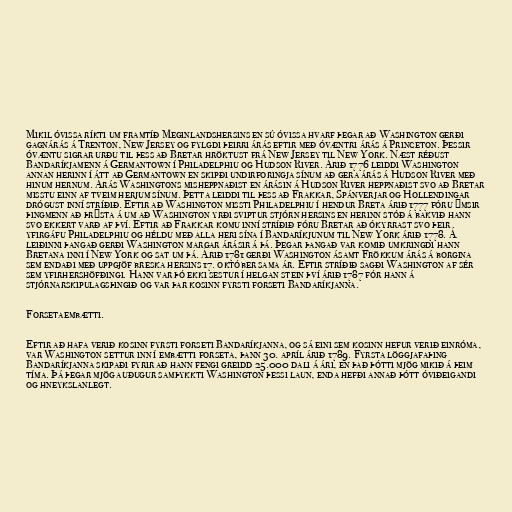
Mikil óvissa ríkti um framtíð Meginlandshersins en sú óvissa hvarf þegar að Washington gerði
gagnárás á Trenton, New Jersey og fylgdi þeirri árás eftir með óvæntri árás á Princeton. Þessir
óvæntu sigrar urðu til þess að Bretar hröktust frá New Jersey til New York. Næst réðust
Bandaríkjamenn á Germantown í Philadelphiu og Hudson River. Árið 1776 leiddi Washington
annan herinn í átt að Germantown en skipði undirforingja sínum að gera árás á Hudson River með
hinum hernum. Árás Washingtons misheppnaðist en árásin á Hudson River heppnaðist svo að Bretar
misstu einn af tveim herjum sínum. Þetta leiddi til þess að Frakkar, Spánverjar og Hollendingar
drógust inní stríðið. Eftir að Washington missti Philadelphiu í hendur Breta árið 1777 fóru ýmsir
þingmenn að þrýsta á um að Washington yrði sviptur stjórn hersins en herinn stóð á bakvið hann
svo ekkert varð af því. Eftir að Frakkar komu inní stríðið fóru Bretar að ókyrrast svo þeir
yfirgáfu Philadelphiu og héldu með alla heri sína í Bandaríkjunum til New York árið 1778. Á
leiðinni þangað gerði Washington margar árásir á þá. Þegar þangað var komið umkringdi hann
Bretana inni í New York og sat um þá. Árið 1781 gerði Washington ásamt Frökkum árás á borgina
sem endaði með uppgjöf breska hersins 17. október sama ár. Eftir stríðið sagði Washington af sér
sem yfirhershöfðingi. Hann var þó ekki sestur í helgan stein því árið 1787 fór hann á
stjórnarskipulagsþingið og var þar kosinn fyrsti forseti Bandaríkjanna.

Forsetaembætti.

Eftir að hafa verið kosinn fyrsti forseti Bandaríkjanna, og sá eini sem kosinn hefur verið einróma,
var Washington settur inn í embætti forseta, þann 30. apríl árið 1789. Fyrsta löggjafaþing
Bandaríkjanna skipaði fyrir að hann fengi greidd 25.000 dali á ári, en það þótti mjög mikið á þeim
tíma. Þá þegar mjög auðugur samþykkti Washington þessi laun, enda hefði annað þótt óviðeigandi
og hneykslanlegt.